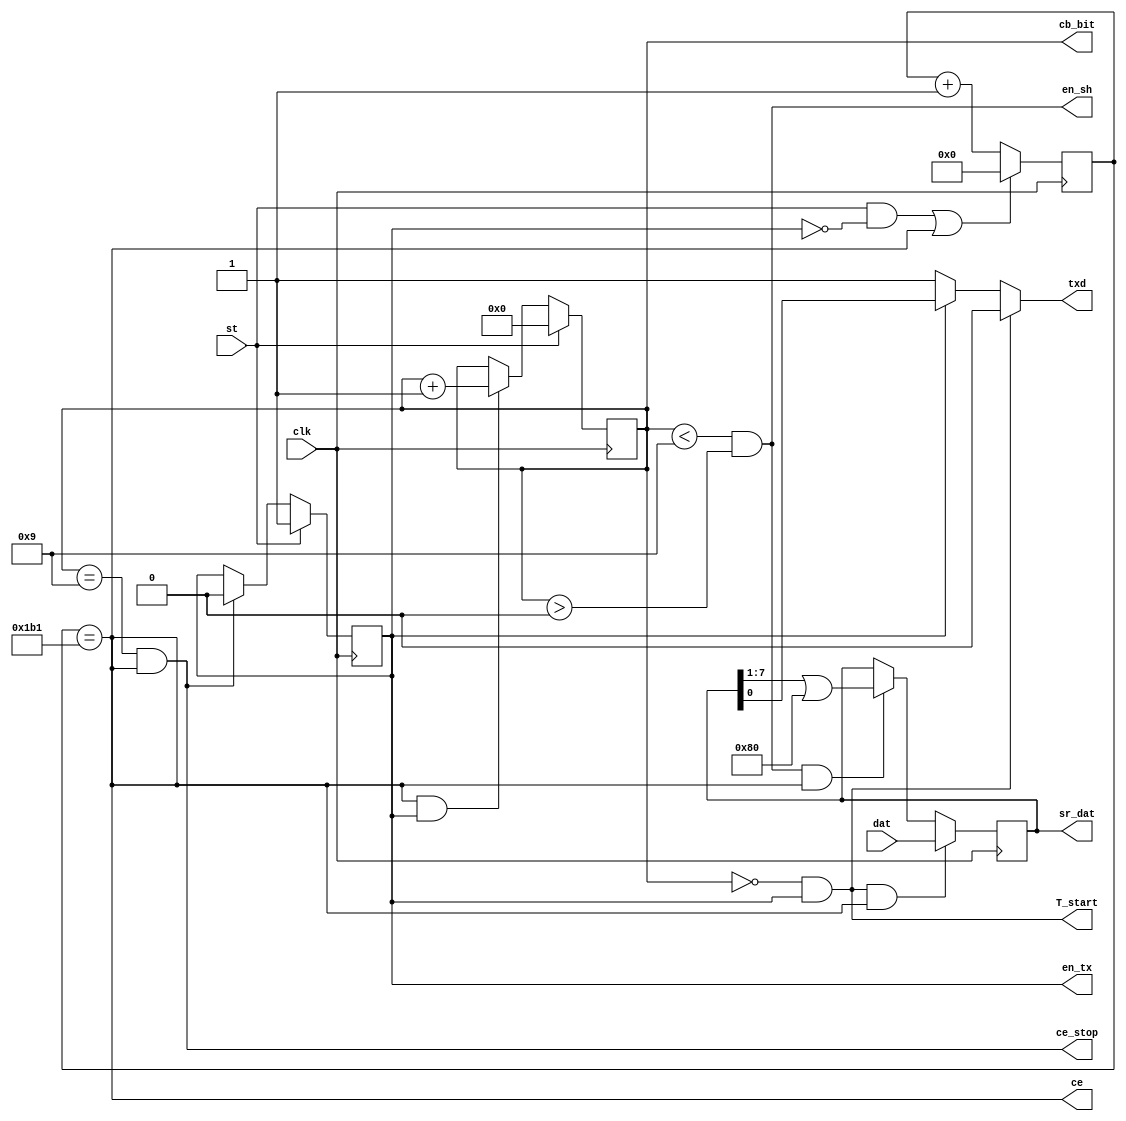
`timescale 1ns / 1ps


module UTXD_1byte(input clk, 		output wire ce_stop,
						input[7:0]dat, output wire txd,
						input st, 		output wire ce,
											output reg en_tx=0,
											output reg [3:0] cb_bit,
											output wire en_sh,
											output reg [7:0] sr_dat=0,
											output wire T_start);

parameter Fclk=50000000 ; parameter COM_vel = 115200 ;

reg [8:0]cb_tact=0 ;

assign dst = st & !en_tx ;
assign ce = (cb_tact==Fclk/COM_vel-1) ;
assign T_start = ((cb_bit==0) & en_tx) ;
assign en_sh = (cb_bit<9) & (cb_bit>0);

wire T_stop = (cb_bit==9) ;

assign ce_stop = T_stop & ce ;
assign txd = T_start? 0 : en_tx? sr_dat[0] : 1 ;

always @ (posedge clk) begin
	cb_tact <= (dst | ce)? 0 : cb_tact+1 ;
	en_tx <= st? 1 : (T_stop & ce)? 0 : en_tx ;
	cb_bit <= st? 0 : (ce & en_tx)? cb_bit+1 : cb_bit ;
	sr_dat <= (T_start &ce)? dat : (en_sh & ce)? sr_dat>>1 | 1<<7 : sr_dat ;
end

endmodule